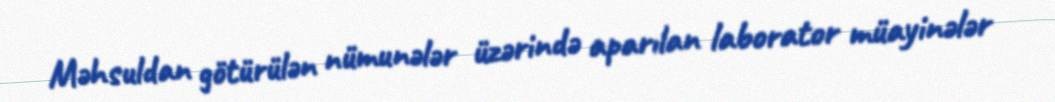
Məhsuldan götürülən nümunələr üzərində aparılan laborator müayinələr